Leaving Certificate Examination, 1908
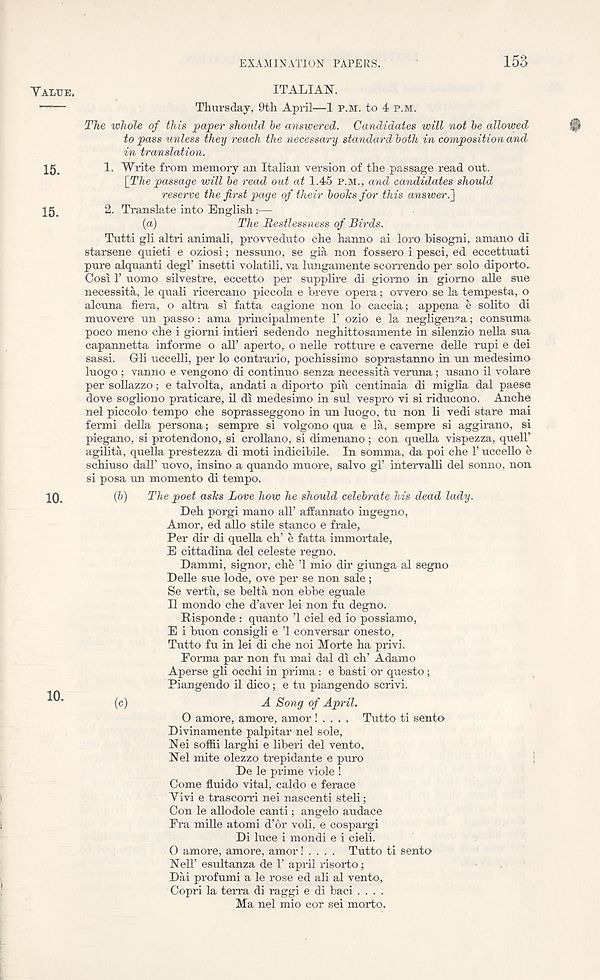
EXAMINATION PAPERS.
153
15.
15.
10.
10.
ITALIAN.
Thursday, 9th April—1 P.M. to 4 P.M.
The whole of this paper should he answered. Candidates will not he allowed
@
to pass unless they reach the necessary standard hath in composition and
in translation.
1. Write from memory an Italian version of the passage read out.
[The passage will he read out at 1.45 P.M., and candidates should
reserve the first page of their hooks for this answer.']
2- Translate into English:—
(a)
The Restlessness of Birds.
Tutti gli altri animali, provveduto che hanno ai loro hisogni, amano di
starsene quieti e oziosi; nessuno, se gia non fossero i pesci, ed eccettuati
pure alquanti degl’ insetti volatili, va lungamente scorrendo per solo diporto..
Oosi 1’ uomo silvestre, eccetto per supplire di giomo in giomo alle sue
necessita, le quali ricercano piccola e breve opera; owero se la tempesta, o
alcuna fiera, o altra si fatta cagione non lo caccia; appena e solito di
muovere un passo: ama principalmente 1’ ozio e la negligenza; consuma
poco meno che i giorni intieri sedendo neghittosamente in silenzio nella sua
capannetta informe o all’ aperto, o nelle rotture e caverne delle rupi e dei
sassi. Gli uccelli, per lo contrario, pochissimo soprastanno in un medesimo
luogo ; vanno e vengono di continue senza necessita veruna; usano il volare
per sollazzo; e talvolta, andati a diporto pin centinaia di miglia dal paese
dove sogliono praticare, il dx medesimo in sul vespro vi si riducono. Anche
nel piccolo tempo che soprasseggono in un luogo, tu non li vedi stare mai
fermi della persona; sempre si volgono qua e la, sempre si aggirano, si
piegano, si protendono, si crollano, si dimenano; con quella vispezza, quell’
agilita, quella prestezza di moti indicibile. In somma, da poi che 1’ uccello e
schiuso dalT novo, insino a quando muore, salvo gl’ intervalli del sonno, non
si posa un memento di tempo.
(6)
The poet asks Love how he should celebrate his dead lady.
Deh porgi mano all’ affannato ingegno,
Amor, ed alio stile stanco e frale,
Per dir di quella ch’ e fatta immox*tale,
E cittadina del celeste regno.
Dammi, signor, che ’1 mio dir giunga al segno
Delle sue lode, ove per se non sale ;
Se vertu, se belta non ebbe eguale
Il mondo che d’aver lei non fu degno.
Risponde : quanto T ciel ed io possiamo,
E i buon consigli e ’1 conversar onesto,
Tutto fu in lei di che noi Morte ha px-ivi.
Forma par non fu mai dal di ch’ Adamo
Aperse gli occhi in pi-ima: e basti or questo;
Piangendo il dico; e tu piangendo scrivi.
(c)
A Song of April.
O amore, amoi'e, amor ! . . . . Tutto ti sento
Divinamente palpitar nel sole,
Nei soffii larghi e liberi del vento,
Nel mite olezzo trepidante e puro
De le pi-ime viole !
Come fluido vital, caldo e ferace
Yivi e trascorri nei nascenti steli;
Con le allodole canti; angelo audace
Fra mille atomi d’or voli, e cospargi
Di luce i mondi e i cieli.
0 amore, amore, amor! . . . . Tutto ti sento
Nell’ esultanza de T april risorto;
Dai profumi a le rose ed ali al vento,
Copri la teiTa di raggi e di baci ....
Ma nel mio cor sei morto.